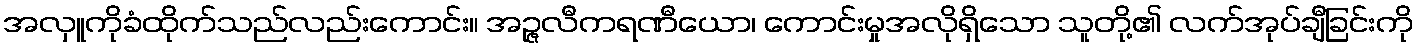
အလှူကိုခံထိုက်သည်လည်းကောင်း။ အဉ္ဇလီကရဏီယော၊ ကောင်းမှုအလိုရှိသော သူတို့၏ လက်အုပ်ချီခြင်းကို